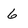
Character: 6